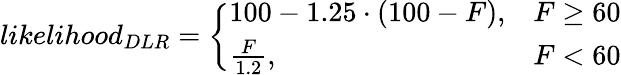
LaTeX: likelihood_{DLR}=\left\{ \begin{array}{ll}{100-1.25\cdot(100-F),}&{F\geq 60}\\ {\frac{F}{1.2},}&{F<60}\end{array}\right.